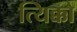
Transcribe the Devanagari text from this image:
त्यिक्को